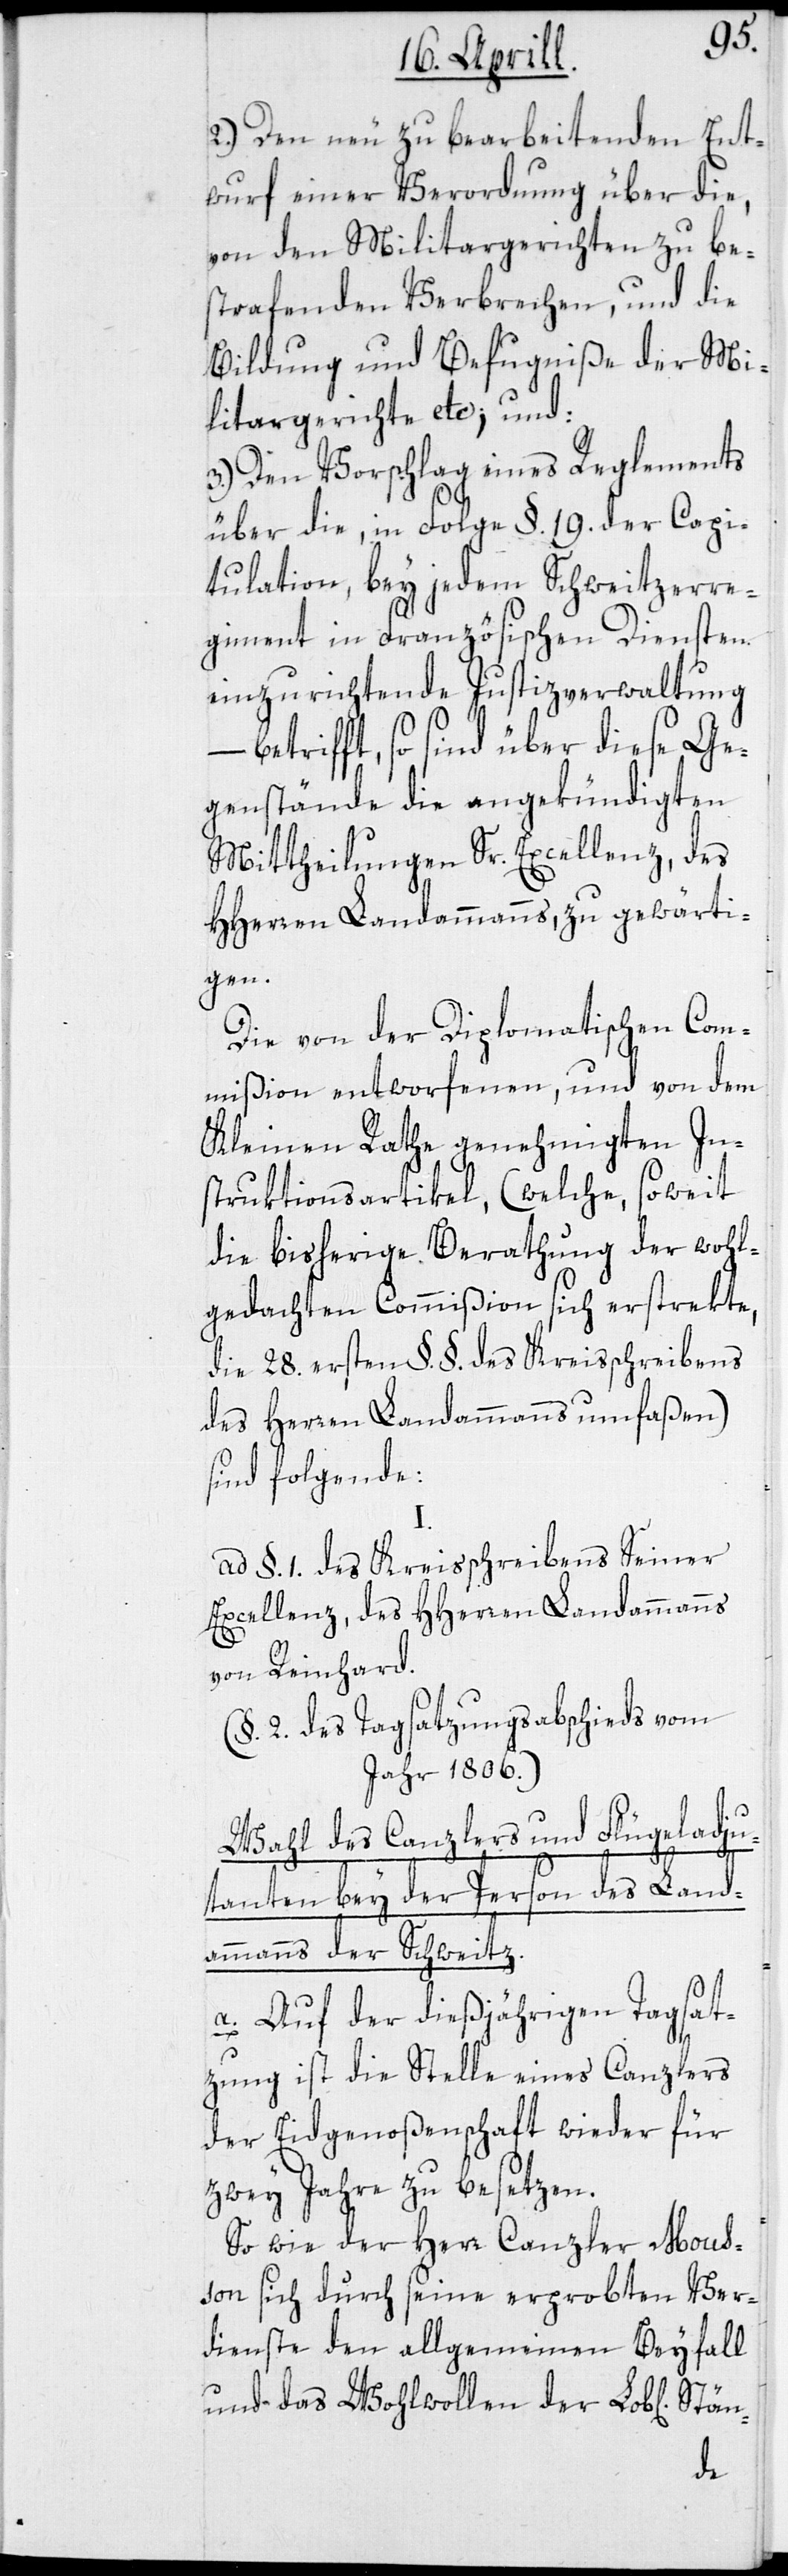
2.) Den neu zu bearbeitenden Ent¬
wurf einer Verordnung über die,
von den Militargerichten zu be¬
strafenden Verbrechen, und die
Bildung und Befugniße der Mi¬
litargerichte etc; und:
3.) Den Vorschlag eines Reglements
über die, in Folge §. 19. der Capi¬
tulation, bey jedem Schweitzerre¬
giment in Französischen Diensten
einzurichtende Justizverwaltung
– betrifft, so sind über diese Ge¬
genstände die angekündigten
Mittheilungen Sr. Excellenz, des
HHerren Landammanns, zu gewärti¬
gen.
Die von der Diplomatischen Com¬
mißion entworfenen, und von dem
Kleinen Rathe genehmigten In¬
struktionsartikel, (welche, soweit
die bisherige Berathung der wohl¬
gedachten Commißion sich erstrekte,
die 28. ersten §.§. des Kreisschreibens
des Herren Landammanns umfassen)
sind folgende:
ad § 1 des Kreisschreibens Seiner
Excellenz, des HHerren Landammanns
von Reinhard.
(§. 2. des Tagsatzungsabschieds vom
Jahr 1806.)
Wahl des Canzlers und Flügeladju¬
tanten bey der Person des Land¬
ammanns der Schweitz.
a. Auf der dießjährigen Tagsat¬
zung ist die Stelle eines Canzlers
der Eidgenoßenschaft wieder für
zwey Jahre zu besetzen.
So wie der Herr Canzler Mous¬
son sich durch seine erprobten Ver¬
dienste den allgemeinen Beyfall
und das Wohlwollen der Lob[lichen]